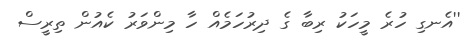
''އެނގި ހުރެ މީހަކު ރިބާ ގެ ދިރުހަމެއް ހާ މިންވަރު ކެއުން ތިރީސް